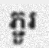
ភ្ជួរ